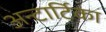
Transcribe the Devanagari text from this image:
अन्टार्टिका